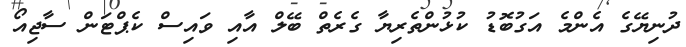
ދުނިޔޭގެ އެންމެ އަގުބޮޑު ކުޅުންތެރިޔާ ގެރެތް ބޭލް އާއި ވައިސް ކެޕްޓަން ސާޖިއޯ